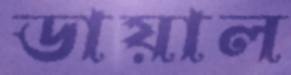
ডায়াল